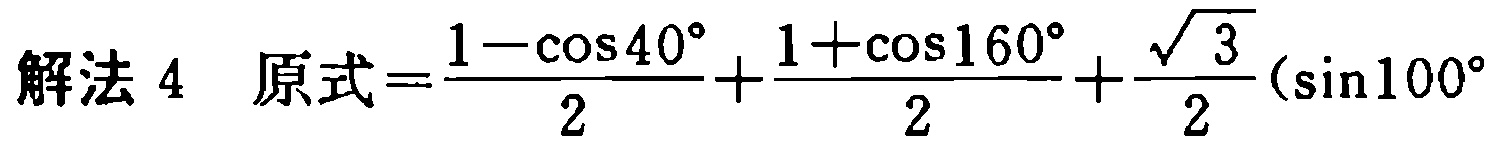
解法 4 原式$=\frac{1 - \cos 40^{\circ}}{2}+\frac{1 + \cos 160^{\circ}}{2}+\frac{\sqrt{3}}{2}(\sin 100^{\circ}$